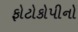
ફોટોકોપીનો